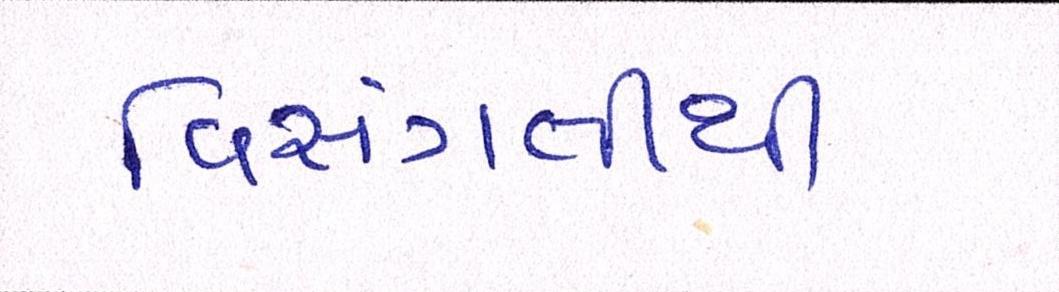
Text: વિસંગતીથી